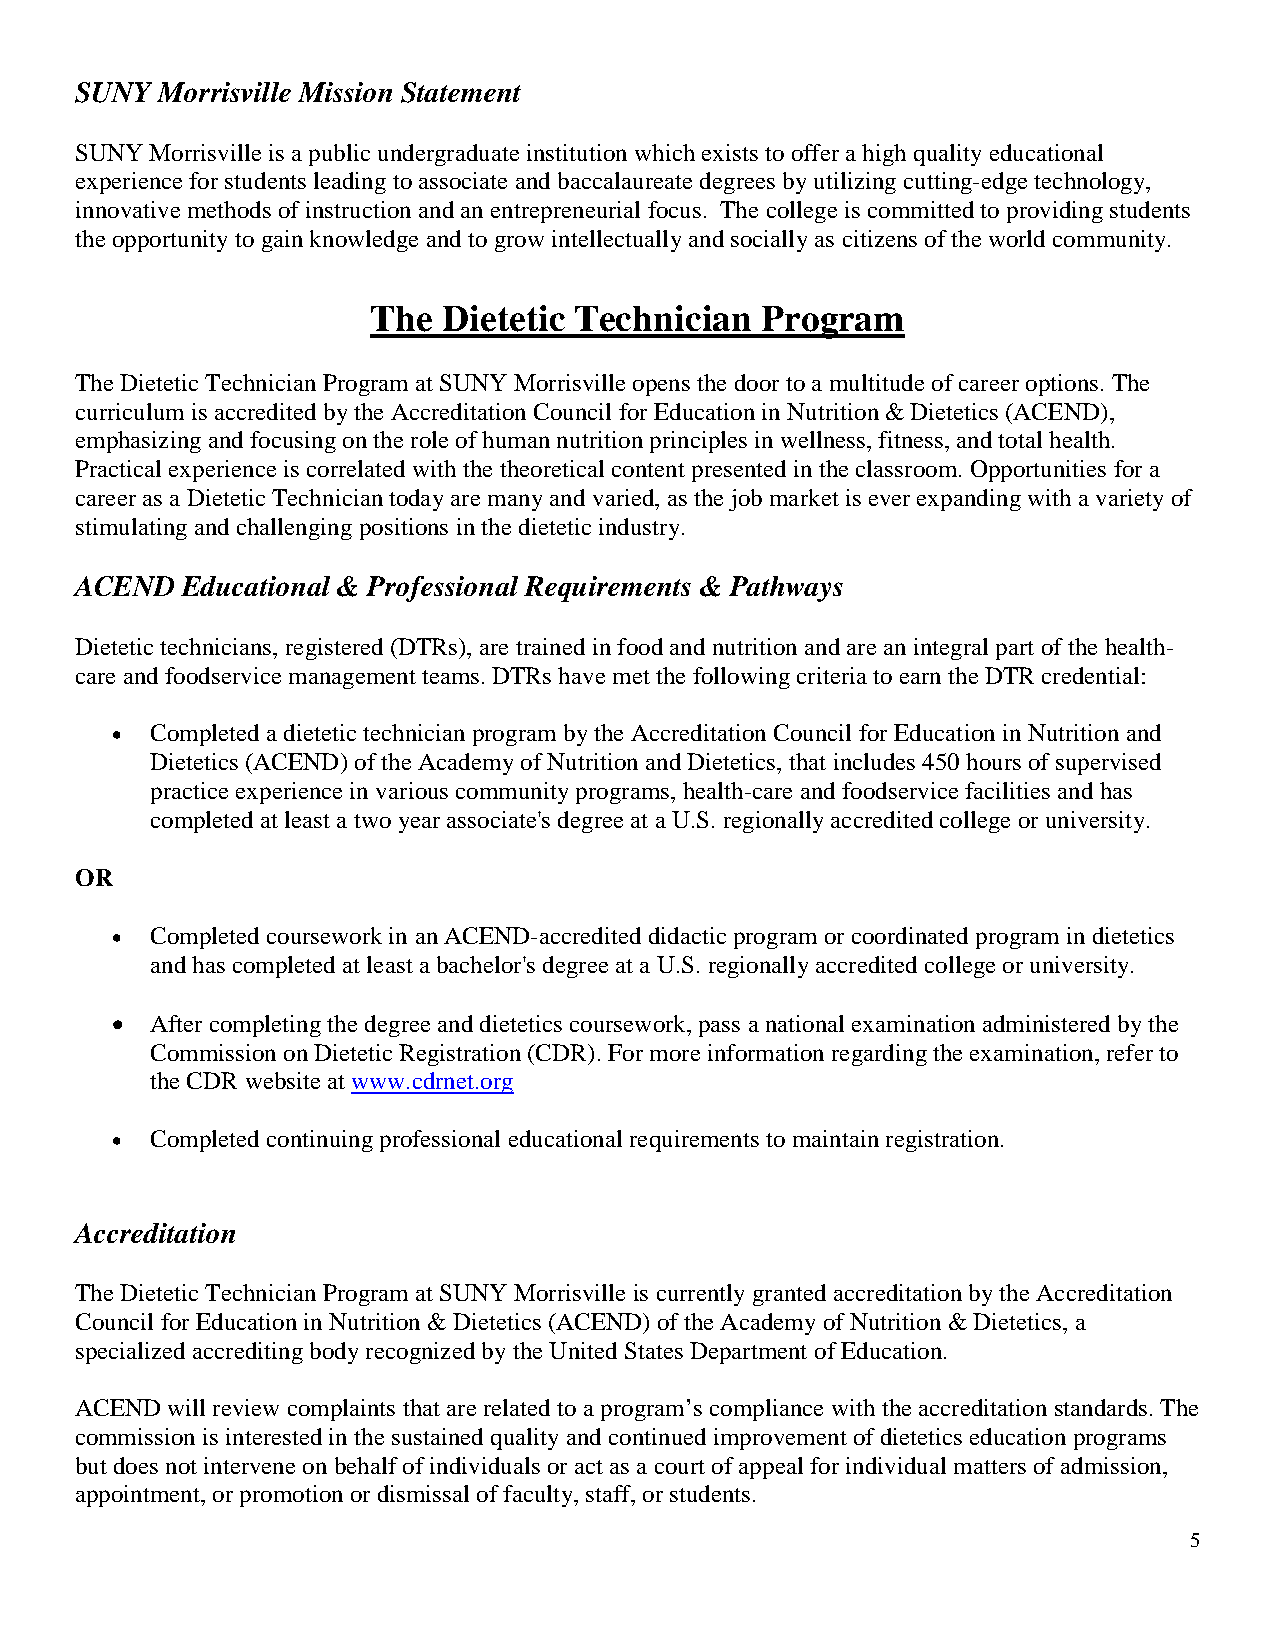
SUNY  Morrisville Mission Statement
 SUNY Morrisville is a public undergraduate institution which exists to offer a high quality educational
 experience for students leading to associate and baccalaureate degrees by utilizing cutting-edge technology,
 innovative methods of instruction and an entrepreneurial focus. The college is committed to providing students
 the opportunity to gain knowledge and to grow intellectually and socially as citizens of the world community.
 The Dietetic Technician  Program
 The Dietetic Technician Program at SUNY Morrisville opens the door to a multitude of career options. The
 curriculum is accredited by the Accreditation Council for Education in Nutrition & Dietetics (ACEND),
 emphasizing and focusing on the role of human nutrition principles in wellness, fitness, and total health.
 Practical experience is correlated with the theoretical content presented in the classroom. Opportunities for a
 career as a Dietetic Technician today are many and varied, as the job market is ever expanding with a variety of
 stimulating and challenging positions in the dietetic industry.
 ACEND  Educational & Professional Requirements & Pathways
 Dietetic technicians, registered (DTRs), are trained in food and nutrition and are an integral part of the health-
 care and foodservice management teams. DTRs have met the following criteria to earn the DTR credential:
 •  Completed a dietetic technician program by the Accreditation Council for Education in Nutrition and
 Dietetics (ACEND) of the Academy of Nutrition and Dietetics, that includes 450 hours of supervised
 practice experience in various community programs, health-care and foodservice facilities and has
 completed at least a two year associate's degree at a U.S. regionally accredited college or university.
 OR
 •  Completed coursework in an ACEND-accredited didactic program or coordinated program in dietetics
 and has completed at least a bachelor's degree at a U.S. regionally accredited college or university.
 •  After completing the degree and dietetics coursework, pass a national examination administered by the
 Commission on Dietetic Registration (CDR). For more information regarding the examination, refer to
 the CDR website at www.cdrnet.org
 •  Completed continuing professional educational requirements to maintain registration.
 Accreditation
 The Dietetic Technician Program at SUNY Morrisville is currently granted accreditation by the Accreditation
 Council for Education in Nutrition & Dietetics (ACEND) of the Academy of Nutrition & Dietetics, a
 specialized accrediting body recognized by the United States Department of Education.
 ACEND will review complaints that are related to a program’s compliance with the accreditation standards. The
 commission is interested in the sustained quality and continued improvement of dietetics education programs
 but does not intervene on behalf of individuals or act as a court of appeal for individual matters of admission,
 appointment, or promotion or dismissal of faculty, staff, or students.
 5